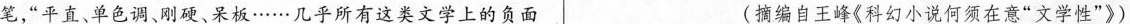
笔，“平直，单色调、对硬，呆板……几乎所有这类文学上的负面 《摘编自王峰《科幻小说何须在意“文学性”》